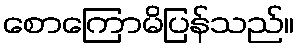
စောကြောမိပြန်သည်။